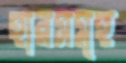
হারসমূহ